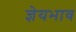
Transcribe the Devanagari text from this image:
ज्ञेयभाव